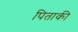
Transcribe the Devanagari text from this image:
पिताकी